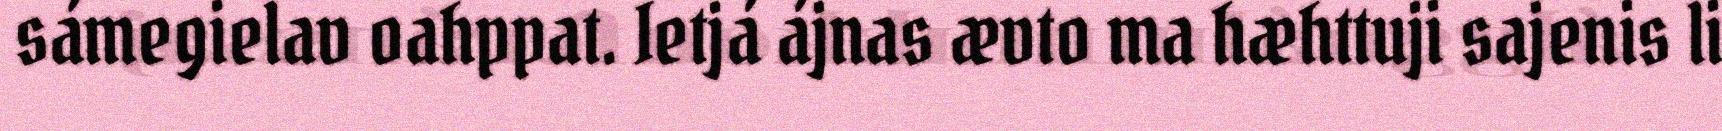
sámegielav oahppat. Ietjá ájnas ævto ma hæhttuji sajenis li